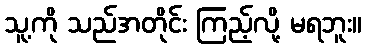
သူ့ကို သည်အတိုင်း ကြည့်လို့ မရဘူး။